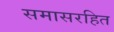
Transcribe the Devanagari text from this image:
समासरहित